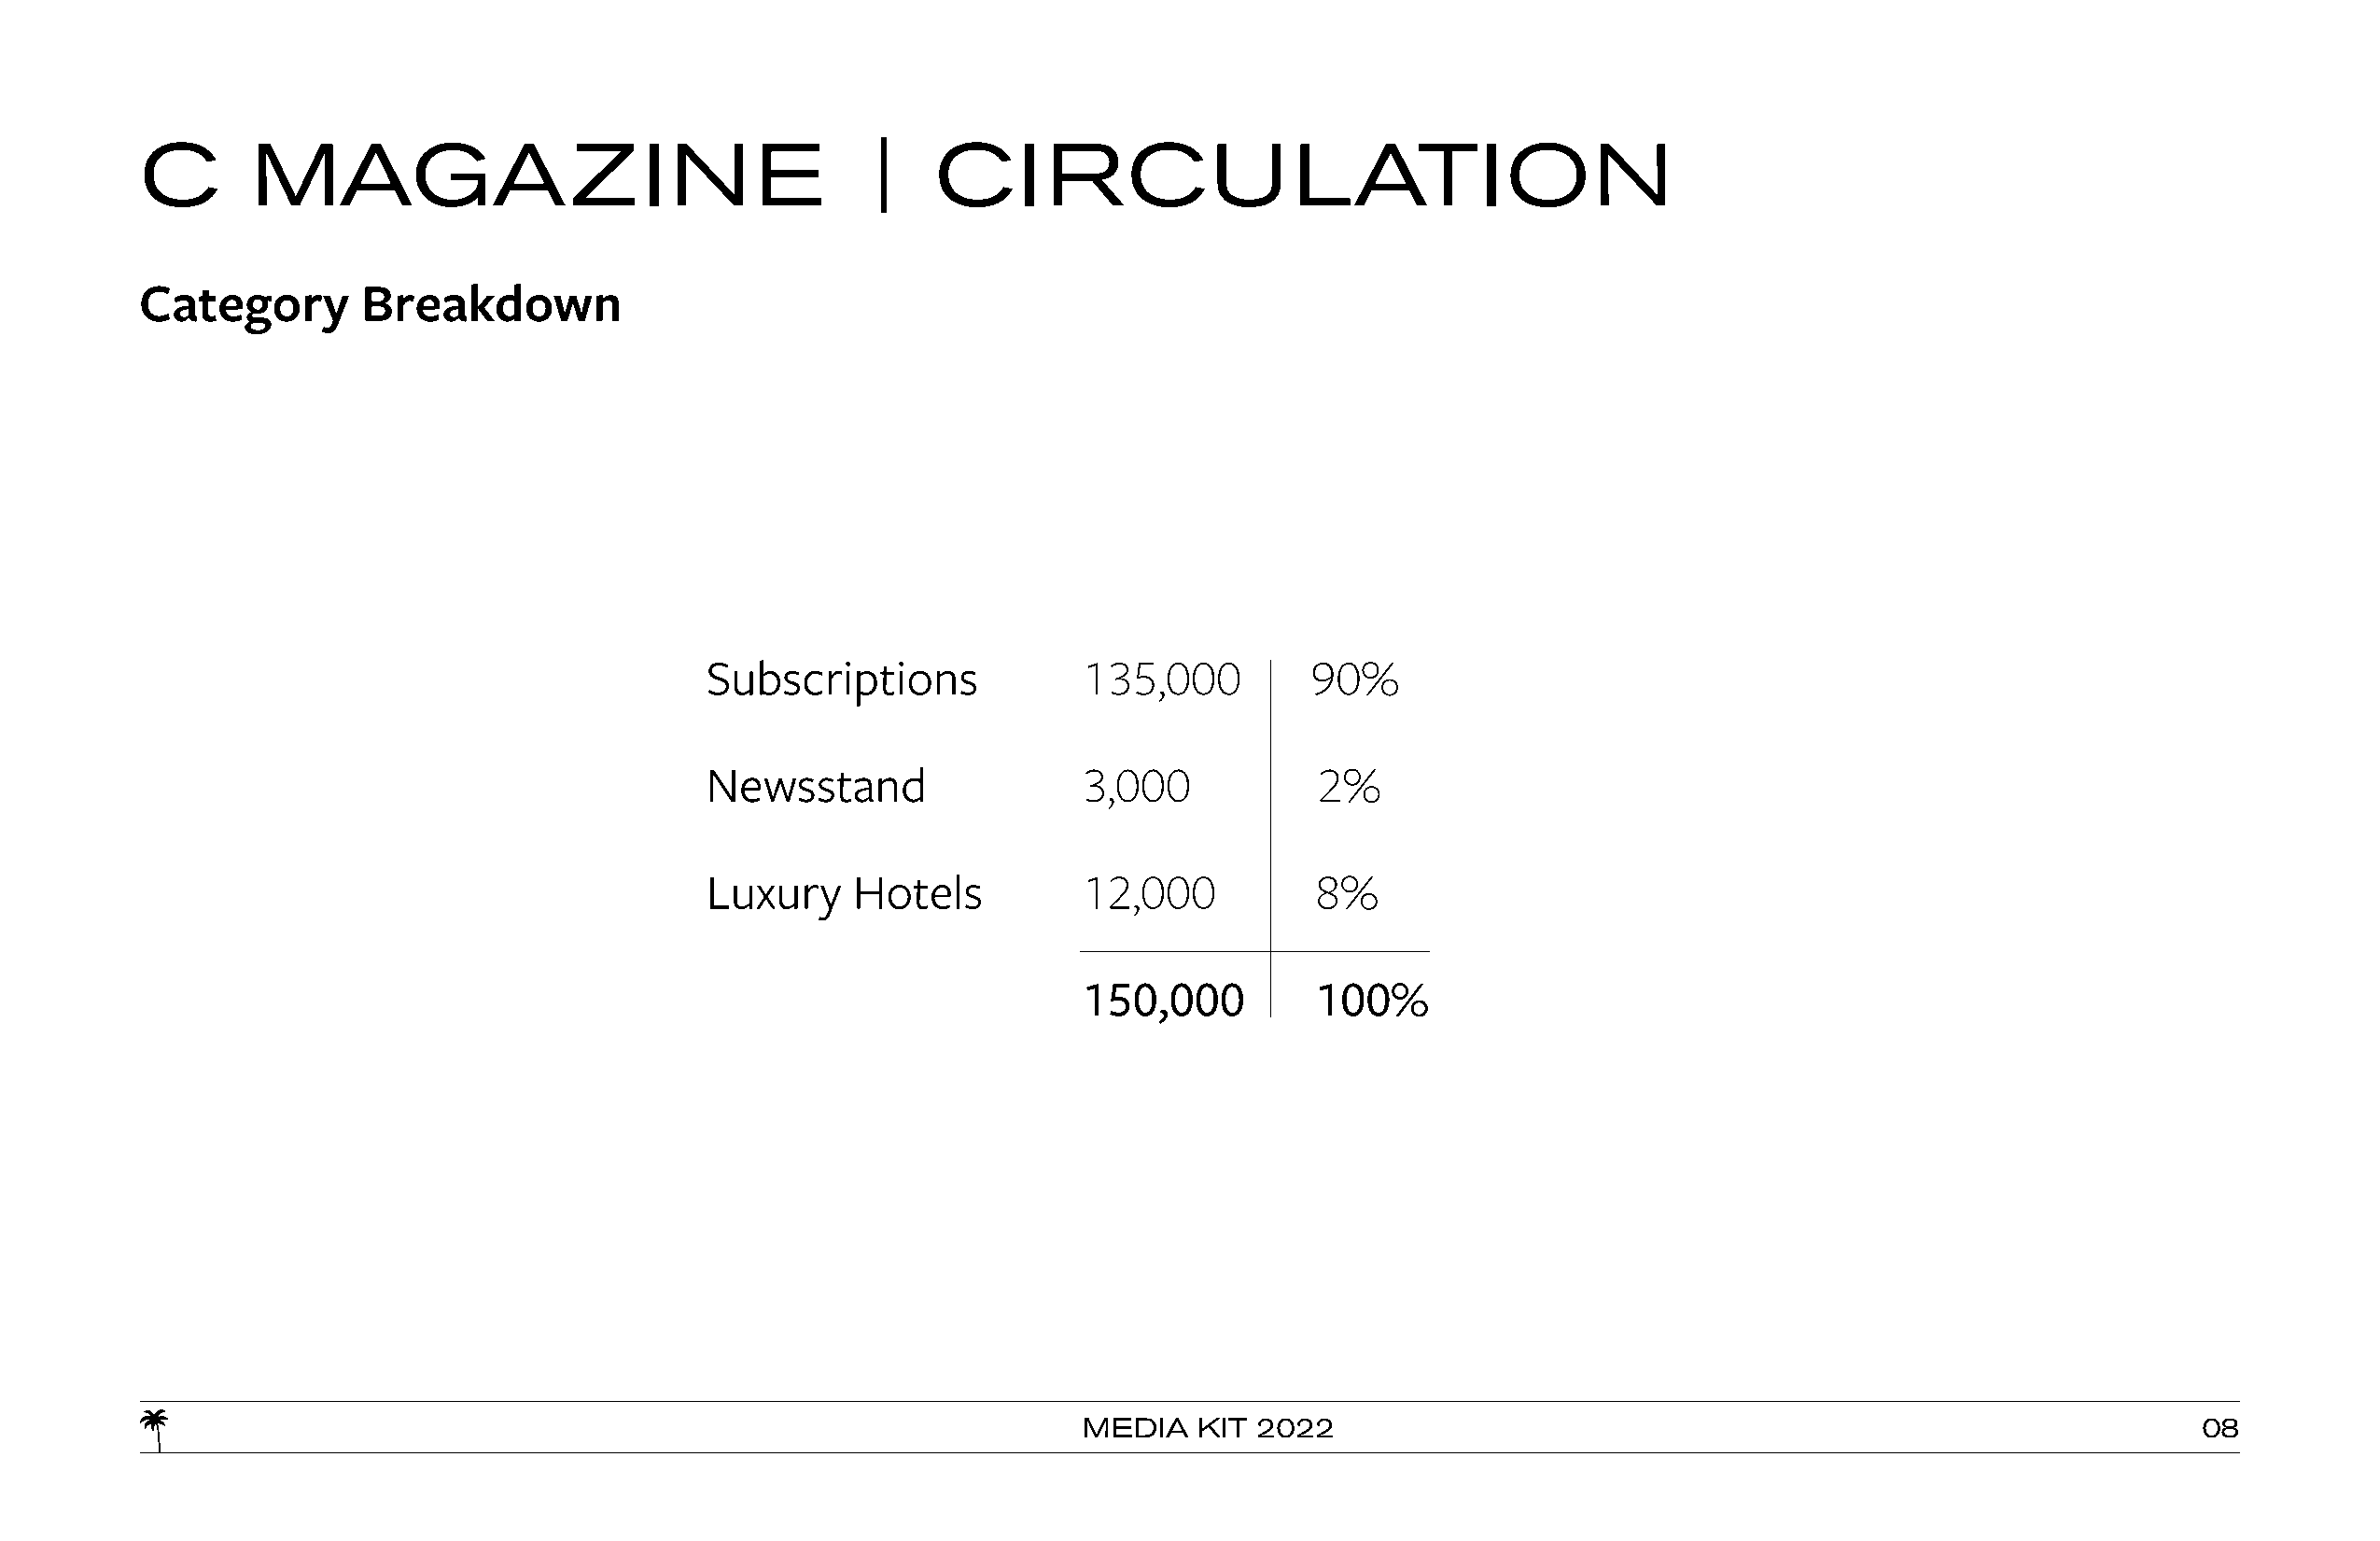
C       MAGAZINE                                    |   CIRCULATION
 Category        Breakdown
 Subscriptions              135,000         90%
 Newsstand                  3,000           2%
 Luxury     Hotels          12,000          8%
 150,000         100%
 MEDIA   KIT 2022                                                               08